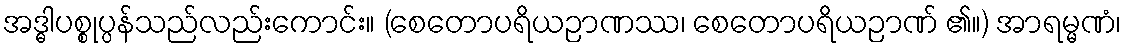
အဒ္ဓါပစ္စုပ္ပန်သည်လည်းကောင်း။ (စေတောပရိယဉာဏဿ၊ စေတောပရိယဉာဏ် ၏။) အာရမ္မဏံ၊